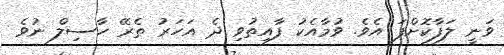
ވަނީ ލަފާކޮށްފަ އެވެ. ވުމާއެކު ފާއިތުވި ދެ އަހަރު ތެރޭ ހާސިލް ނުވެ